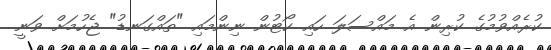
ކުރެއްވުމުގެ ކުރިން އެ މައްސަލަ ހައި ކޯޓުން ނިންމައި "ތައްގަނޑު" ޖެހުމަށް ވަނީ